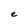
Character: e